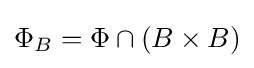
\Phi _{B}=\Phi \cap (B\times B)